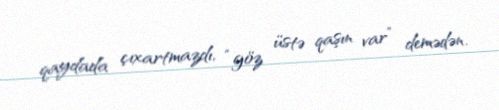
qaydada çıxartmazdı, “göz üstə qaşın var” demədən.